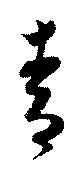
青